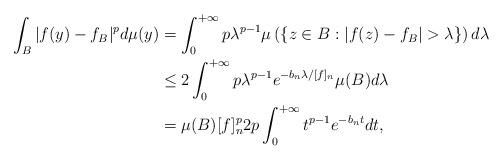
LaTeX: \begin{align*}\int_{B}|f(y)-f_{B}|^{p}d\mu(y) & =\int_{0}^{+\infty}p\lambda^{p-1}\mu\left(\left\{ z\in B:\left\vert f(z)-f_{B}\right\vert >\lambda\right\} \right)d\lambda\\& \leq2\int_{0}^{+\infty}p\lambda^{p-1}e^{-b_{n}\lambda/[f]_{n}}\mu(B)d\lambda\,\\& =\mu(B)[f]_{n}^{p}2p\int_{0}^{+\infty}t^{p-1}e^{-b_{n}t}dt,\end{align*}